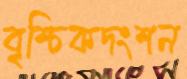
বৃশ্চিকদংশন